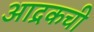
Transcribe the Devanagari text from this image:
आद्रकची